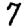
Digit: 7